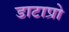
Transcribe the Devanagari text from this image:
डाटाप्रो